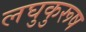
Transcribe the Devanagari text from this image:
लघुकुरूष